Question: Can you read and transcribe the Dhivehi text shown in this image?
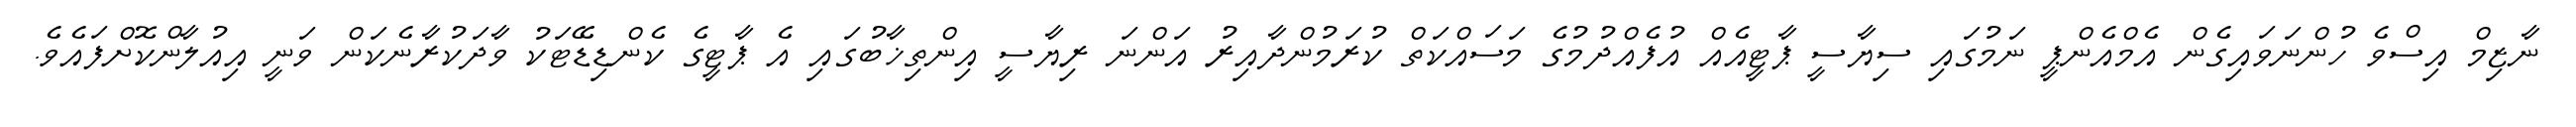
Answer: ނާޒިމް އިސްވެ ހުންނަވައިގެން އެމްއެންޕީ ނަމުގައި ސިޔާސީ ޕާޓީއެއް އުފެއްދުމުގެ މަސައްކަތް ކުރަމުންދާއިރު އަންނަ ރިޔާސީ އިންތިޚާބުގައި އެ ޕާޓީގެ ކެންޑިޑޭޓަކު ވާދަކުރާނެކަން ވަނީ އިއުލާންކޮށްފައެވެ.